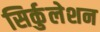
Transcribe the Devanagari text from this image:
सिर्कुलेशन